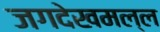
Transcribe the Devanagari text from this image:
जगदेखमल्ल